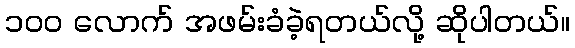
၁၀၀ လောက် အဖမ်းခံခဲ့ရတယ်လို့ ဆိုပါတယ်။